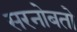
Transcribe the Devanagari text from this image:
सरनोबतो